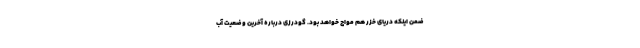
ضمن اینکه دریای خزر هم مواج خواهد بود. گودرزی درباره آخرین وضعیت آب